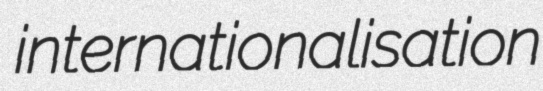
internationalisation